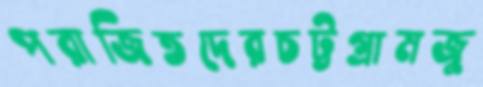
পরাজিতদেরচট্টগ্রামজু